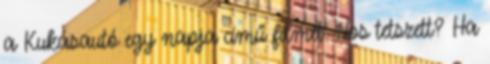
a Kukásautó egy napja című filmet. Nos tetszett? Ha